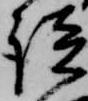
談